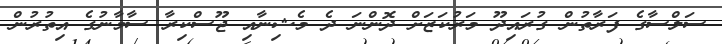
ސަލްސާގެ ފަރާތުން ގުރައިދޫ މަރުކަޒަށް ދޮންނަ ދެ މެޝިނާއި ޖޫސްކިރާ ސާމާނުގެ އިތުރުން